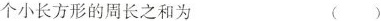
个小长方形的周长之和为 ( )